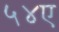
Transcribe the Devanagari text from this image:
५४ए